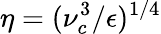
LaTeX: \eta=(\nu_{c}^{3}/\epsilon)^{1/4}